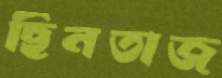
ছিনতাজ